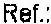
REF: